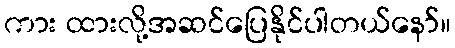
ကား ထားလို့အဆင်ပြေနိုင်ပါတယ်နော်။